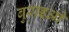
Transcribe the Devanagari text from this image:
बुराइओ